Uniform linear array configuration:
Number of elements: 16
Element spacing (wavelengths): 0.5
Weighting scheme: kaiser
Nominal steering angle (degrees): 30
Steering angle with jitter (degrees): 29.688
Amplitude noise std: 0.05
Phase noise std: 0.05

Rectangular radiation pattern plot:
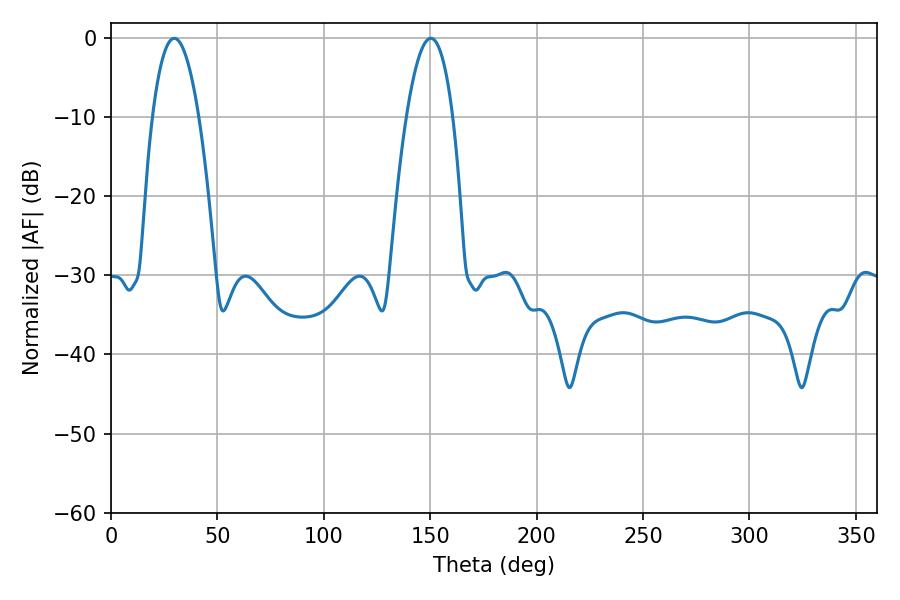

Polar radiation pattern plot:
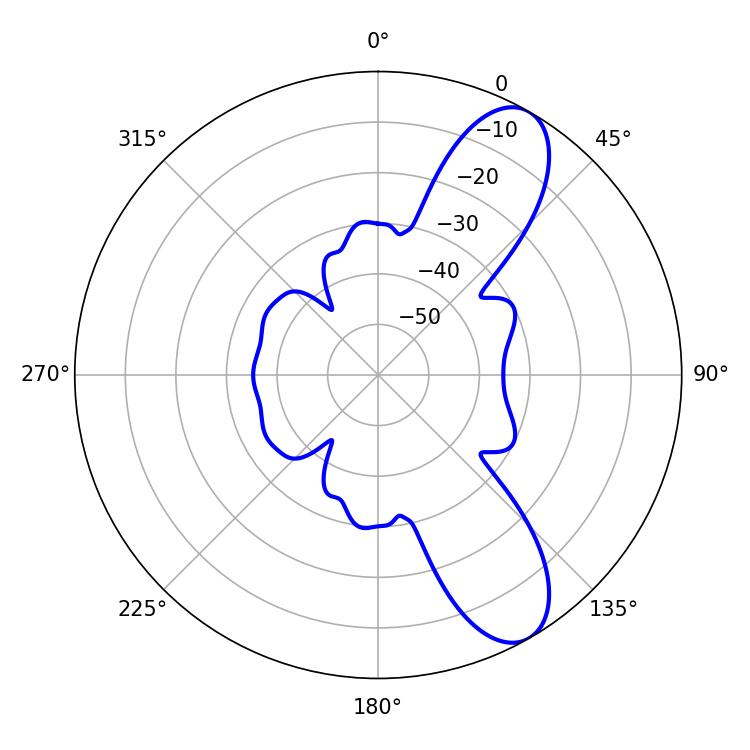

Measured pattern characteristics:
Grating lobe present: FALSE
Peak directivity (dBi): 9.484
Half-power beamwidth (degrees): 12.06
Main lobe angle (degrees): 29.7